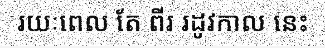
រយៈពេល តែ ពីរ រដូវកាល នេះ